Scottish Certificate of Education, 1963
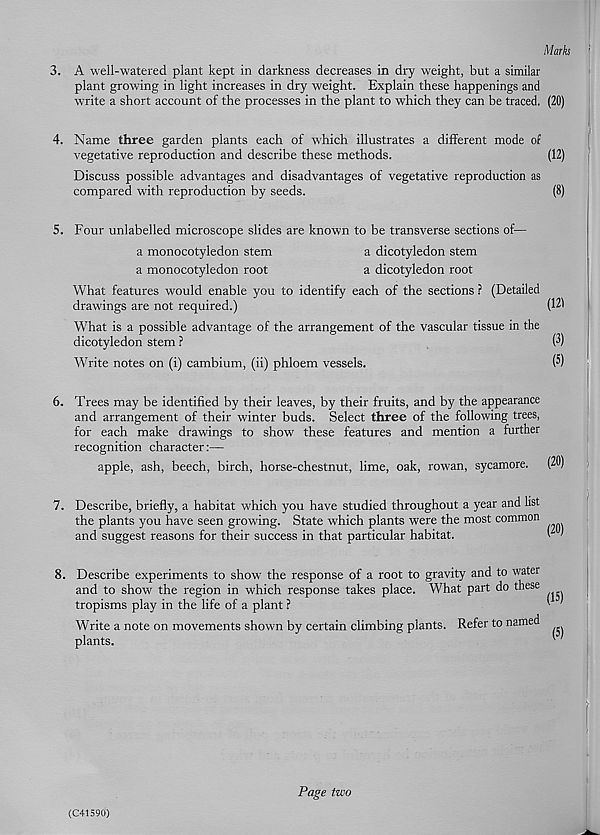
Marks
3. A well-watered plant kept in darkness decreases in dry weight, but a similar
plant growing in light increases in dry weight. Explain these happenings and
write a short account of the processes in the plant to which they can be traced. (20)
4. Name three garden plants each of which illustrates a different mode of
vegetative reproduction and describe these methods.
(12)
Discuss possible advantages and disadvantages of vegetative reproduction as
compared wdth reproduction by seeds.
(8)
5. Four unlabelled microscope slides are known to be transverse sections of—
a monocotyledon stem
a dicotyledon stem
a monocotyledon root
a dicotyledon root
What features would enable you to identify each of the sections ? (Detailed
drawings are not required.)
(121
What is a possible advantage of the arrangement of the vascular tissue in the
dicotyledon stem ?
(8)
Write notes on (i) cambium, (ii) phloem vessels.
(5)
6. Trees may be identified by their leaves, by their fruits, and by the appearance
and arrangement of their winter buds. Select three of the following trees,
for each make drawings to show these features and mention a further
recognition character:—
apple, ash, beech, birch, horse-chestnut, lime, oak, rowan, sycamore. (20)
7. Describe, briefly, a habitat which you have studied throughout a year and list
the plants you have seen growing. State which plants were the most common
and suggest reasons for their success in that particular habitat.
8. Describe experiments to show 7 the response of a root to gravity and to water
and to show the region in which response takes place. What part do these
tropisms play in the life of a plant ?
Write a note on movements shown by certain climbing plants. Refer to named
plants.
(15)
(5)
(C41590)
Page two